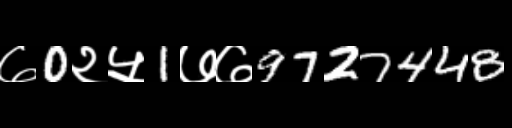
Text: ७0२५1७७9727448